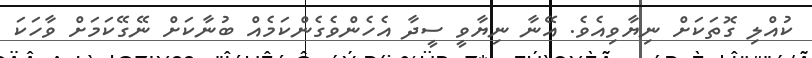
ކުއްލި ގޮތަކަށް ނިޔާވިއެވެ. އޭނާ ނިޔާވީ ސީދާ އެހެންވެގެންކަމެއް ބުނާކަށް ނޭގޭކަމަށް ވާހަކަ